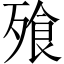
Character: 飱